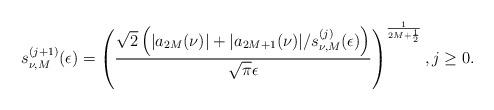
LaTeX: \begin{align*} s_{\nu,M}^{(j+1)}(\epsilon) = \left(\frac{\sqrt{2}\left(|a_{2M}(\nu)|+|a_{2M+1}(\nu)|/s_{\nu,M}^{(j)}(\epsilon) \right)}{\sqrt{\pi}\epsilon}\right)^{\frac{1}{2M+\frac{1}{2}}}, j\geq 0.\end{align*}